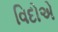
વિદોએ